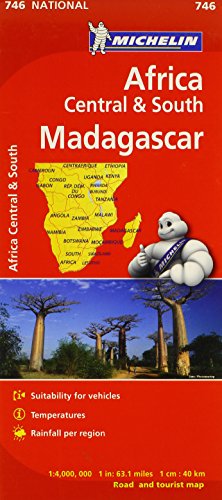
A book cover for Michelin Map No. 746 Africa/ Central and South Madagascar (French Edition); Travel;